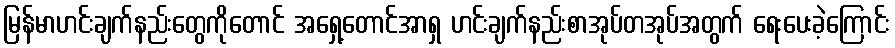
မြန်မာဟင်းချက်နည်းတွေကိုတောင် အရှေ့တောင်အာရှ ဟင်းချက်နည်းစာအုပ်တအုပ်အတွက် ရေးပေးခဲ့ကြောင်း